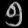
Digit: ၅